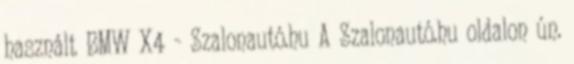
használt BMW X4 - Szalonautó.hu A Szalonautó.hu oldalon ún.